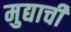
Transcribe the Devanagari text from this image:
मुद्याची